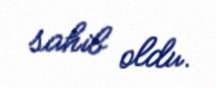
sahib oldu.